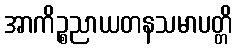
အာကိဉ္စညာယတနသမာပတ္တိ